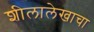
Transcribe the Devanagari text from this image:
शीलालेखाचा